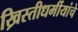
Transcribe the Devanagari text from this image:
ख्रिस्तीधर्मीयांचे